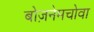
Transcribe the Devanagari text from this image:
बोज़नेमचोवा